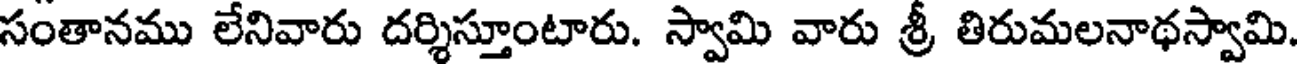
సంతానము లేనివారు దర్శిస్తూంటారు. స్వామి వారు శ్రీ తిరుమలనాథస్వామి.